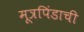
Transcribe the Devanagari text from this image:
मूत्रपिंडाची